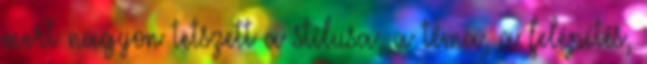
mert nagyon tetszett a stílusa, a téma, a felépítés,